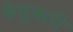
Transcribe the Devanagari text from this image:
केत्तुकारी